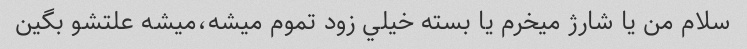
سلام من يا شارژ ميخرم يا بسته خيلي زود تموم ميشه،ميشه علتشو بگين